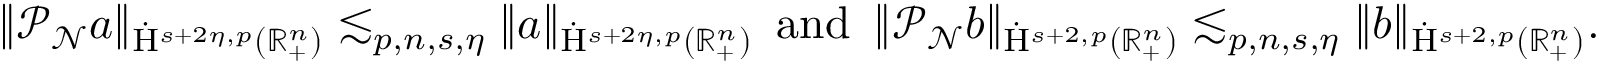
\begin{array} { r } { \lVert \mathcal { P } _ { \mathcal { N } } a \rVert _ { \dot { \mathrm { H } } ^ { s + 2 \eta , p } ( \mathbb { R } _ { + } ^ { n } ) } \lesssim _ { p , n , s , \eta } \lVert a \rVert _ { \dot { \mathrm { H } } ^ { s + 2 \eta , p } ( \mathbb { R } _ { + } ^ { n } ) } \, \mathrm { ~ a n d ~ } \, \lVert \mathcal { P } _ { \mathcal { N } } b \rVert _ { \dot { \mathrm { H } } ^ { s + 2 , p } ( \mathbb { R } _ { + } ^ { n } ) } \lesssim _ { p , n , s , \eta } \lVert b \rVert _ { \dot { \mathrm { H } } ^ { s + 2 , p } ( \mathbb { R } _ { + } ^ { n } ) } \mathrm { . ~ } } \end{array}